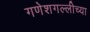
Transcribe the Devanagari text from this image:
गणेशगल्लीच्या